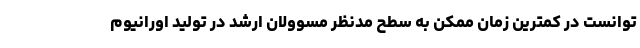
توانست در کمترین زمان ممکن به سطح مدنظر مسوولان ارشد در تولید اورانیوم